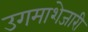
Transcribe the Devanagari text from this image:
उगमाशेजारी